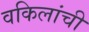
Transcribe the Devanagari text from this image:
वकिलांची